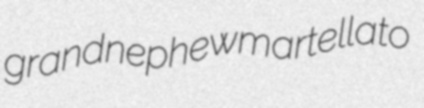
grandnephew martellato